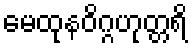
မေထုနဝိဂ္ဂဟုတ္တရိ